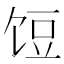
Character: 饾